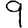
Digit: 9